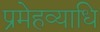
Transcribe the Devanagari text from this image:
प्रमेहव्याधि